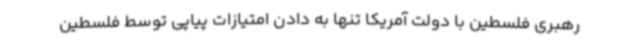
رهبری فلسطین با دولت آمریکا تنها به دادن امتیازات پیاپی توسط فلسطین